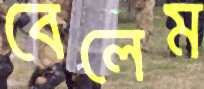
বেলেম